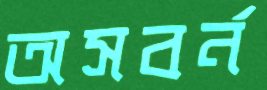
অসবর্ন